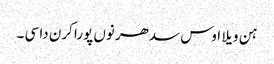
ہن ویلا اوس سدھر نوں پورا کرن دا سی ۔